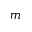
m